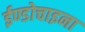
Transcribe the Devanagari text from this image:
ईण्डोचाइना